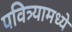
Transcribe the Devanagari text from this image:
पवित्र्यामध्ये